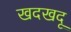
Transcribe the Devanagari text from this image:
खदखदू